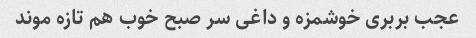
عجب بربری خوشمزه و داغی سر صبح خوب هم تازه موند